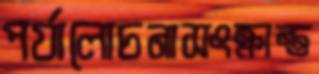
পর্যালোচনাসংক্রান্ত